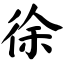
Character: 徐